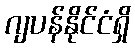
ဂျပန်နိုင်ငံရှိ